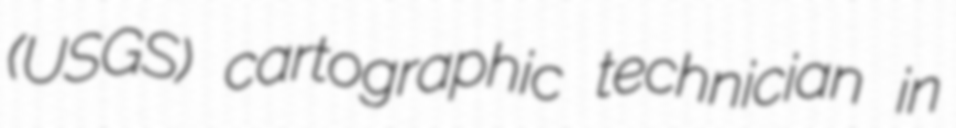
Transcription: (USGS) cartographic technician in